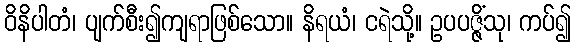
ဝိနိပါတံ၊ ပျက်စီး၍ကျရာဖြစ်သော။ နိရယံ၊ ငရဲသို့။ ဥပပဇ္ဇိံသု၊ ကပ်၍